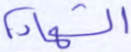
الشهادة